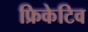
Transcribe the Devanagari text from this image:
फ्रिकेटिव